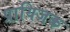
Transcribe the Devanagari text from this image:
प्रायिजक